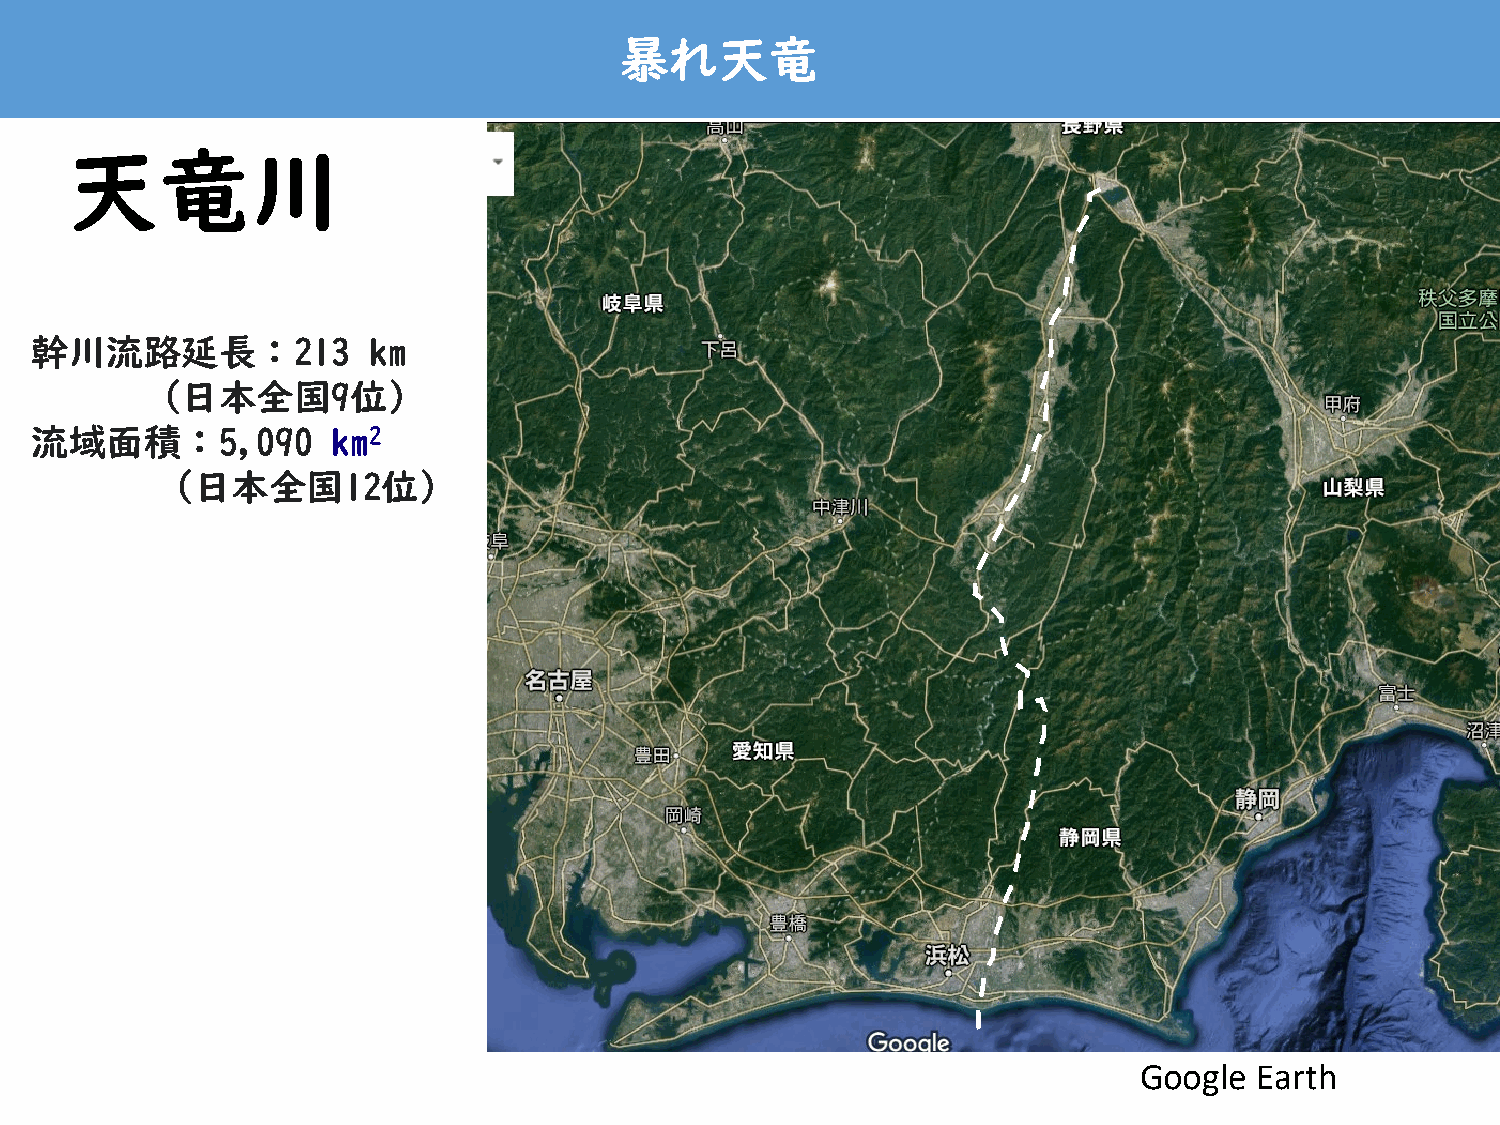
暴れ天竜
 天竜川
 幹川流路延長：213            km
 （日本全国9位）
 流域面積：5,090          km2
 （日本全国12位）
 Google  Earth